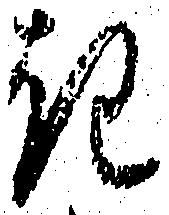
き